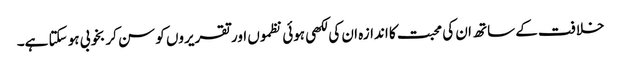
خلافت کے ساتھ ان کی محبت کا اندازہ ان کی لکھی ہوئی نظموں اور تقریروں کو سن کر بخوبی ہو سکتا ہے۔